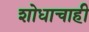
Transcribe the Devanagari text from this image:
शोधाचाही